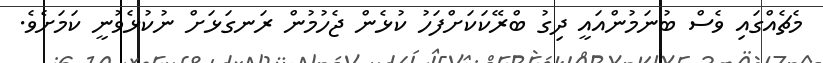
މެޗެއްގައި ވެސް ބުނަމުންއައީ ދިގު ބްރޭކަކަށްފަހު ކުޅެން ޖެހުމުން ރަނގަޅަށް ނުކުޅެވުނީ ކަމަށެވެ.